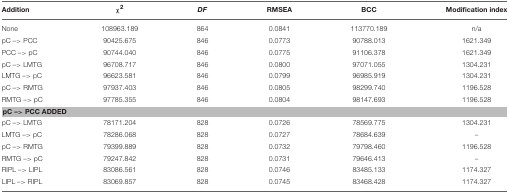
| Addition | χ2 | DF | RMSEA | BCC | Modification index |
 | --- | --- | --- | --- | --- | --- |
 | None | 108963.189 | 864 | 0.0841 | 113770.189 | n/a |
 | pC –> PCC | 90425.675 | 846 | 0.0773 | 90788.013 | 1621.349 |
 | PCC –> pC | 90744.040 | 846 | 0.0775 | 91106.378 | 1621.349 |
 | pC –> LMTG | 96708.717 | 846 | 0.0800 | 97071.055 | 1304.231 |
 | LMTG –> pC | 96623.581 | 846 | 0.0799 | 96985.919 | 1304.231 |
 | pC –> RMTG | 97937.403 | 846 | 0.0805 | 98299.740 | 1196.528 |
 | RMTG –> pC | 97785.355 | 846 | 0.0804 | 98147.693 | 1196.528 |
 | <COLSPAN=6> pC –> PCC ADDED |
 | pC –> LMTG | 78171.204 | 828 | 0.0726 | 78569.775 | 1304.231 |
 | LMTG –> pC | 78286.068 | 828 | 0.0727 | 78684.639 | – |
 | pC –> RMTG | 79399.889 | 828 | 0.0732 | 79798.460 | 1196.528 |
 | RMTG –> pC | 79247.842 | 828 | 0.0731 | 79646.413 | – |
 | RIPL –> LIPL | 83086.561 | 828 | 0.0746 | 83485.133 | 1174.327 |
 | LIPL –> RIPL | 83069.857 | 828 | 0.0745 | 83468.428 | 1174.327 |